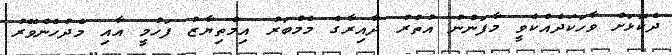
ދެކޮޅަށް ވާހަކަދެއްކެވީ މާފަންނު އުތުރު ދާއިރާގެ މެމްބަރު އިމްތިޔާޒު ފަހުމީ އާއި މެދުހެންވޭރު